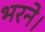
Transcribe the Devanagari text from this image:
भरने।